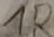
Text: 1R